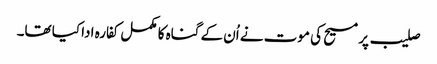
صلیب پر مسیح کی موت نے اُن کے گناہ کا مکمل کفارہ ادا کیا تھا۔